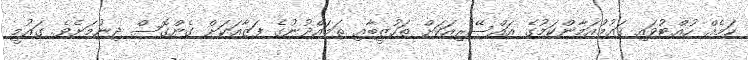
ކަމެއް ހުއްޓުވައި ގައުމުއަމާންކަމުގެ އައްސޭރިއަކަށް ތަހުޒީބާއި ތަމައްދުނުގެ ފަޒާއަކަށް ގެންގޮސް ދިނުމަށެވެ. ގައުމީ